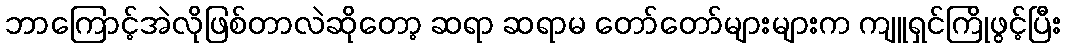
ဘာကြောင့်အဲလိုဖြစ်တာလဲဆိုတော့ ဆရာ ဆရာမ တော်တော်များများက ကျူရှင်ကြိုဖွင့်ပြီး